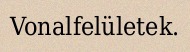
Vonalfelületek.